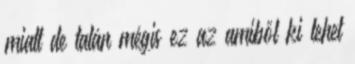
miatt de talán mégis ez az amiből ki lehet